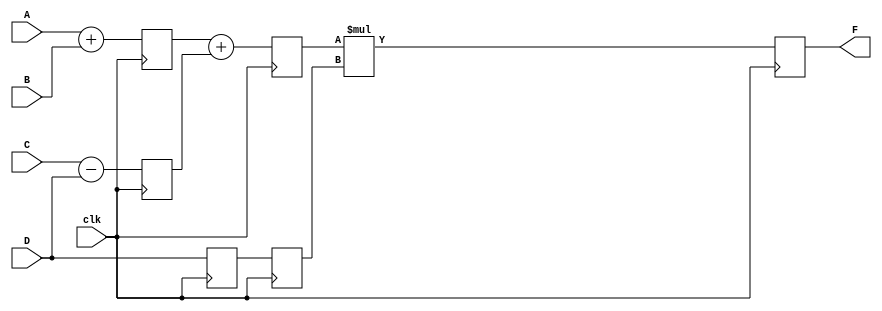
`timescale 1ns / 1ps
//////////////////////////////////////////////////////////////////////////////////
// Company: 
// Engineer: 
// 
// Design Name: 
// Module Name: Pipieline_1
// Project Name: 
// Target Devices: 
// Tool Versions: 
// Description: 
// 
// Dependencies: 
// 
// Revision:
// Revision 0.01 - File Created
// Additional Comments:
// 
//////////////////////////////////////////////////////////////////////////////////


module Pipieline_1(clk,F,A,B,C,D);
parameter N=10;
input [N-1:0]A,B,C,D;
input clk;
output [N-1:0]F;
reg [N-1:0] L12_x1,L12_x2,L12_D,L23_x3,L23_D,L34_F;
assign F=L34_F;

always@(posedge clk)
  begin
     L12_x1<=#4 A+B;
     L12_x2<=#4 C-D;
     L12_D<=D;                  //stage-1
 
     L23_x3<=#4 L12_x1 + L12_x2;
     L23_D<=L12_D;               //stage-2

     L34_F<=#6 L23_x3 * L23_D;  //stage-3
  end
endmodule